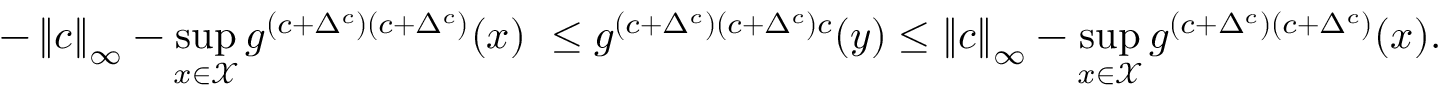
- \left\| c \right\| _ { \infty } - \operatorname* { s u p } _ { x \in \mathcal { X } } g ^ { ( c + \Delta ^ { c } ) ( c + \Delta ^ { c } ) } ( x ) \ \leq g ^ { ( c + \Delta ^ { c } ) ( c + \Delta ^ { c } ) c } ( y ) \leq \left\| c \right\| _ { \infty } - \operatorname* { s u p } _ { x \in \mathcal { X } } g ^ { ( c + \Delta ^ { c } ) ( c + \Delta ^ { c } ) } ( x ) .